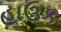
હાઉક